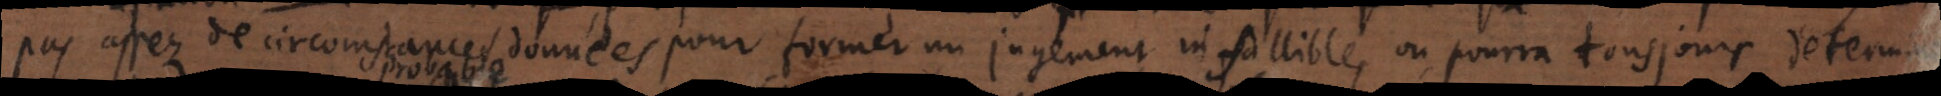
pas assez de circomstances données pour former un jugement infallible, on pourra tousjours determiner